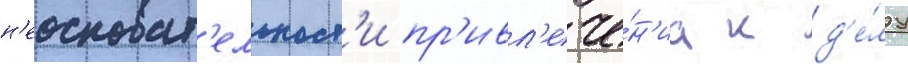
н'еосноват'ельност'и пр'ивл'ече́н'иа к д'е́лу